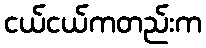
ငယ်ငယ်ကတည်းက